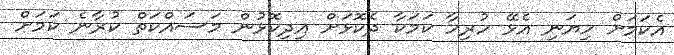
އެކަމަށް ހިޔަނި އެޅޭ ހުރިހާ ކަމަކާ ދެކޮޅަށް އިދިކޮޅުން މަސައްކަތް ކުރާނެ ކަމަށް